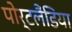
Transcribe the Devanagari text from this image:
पोर्टलैंडिया